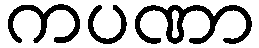
ကပဏာ